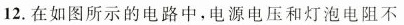
12.在如图所示的电路中，电源电压和灯泡电阻不